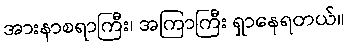
အားနာစရာကြီး၊ အကြာကြီး ရှာနေရတယ်။